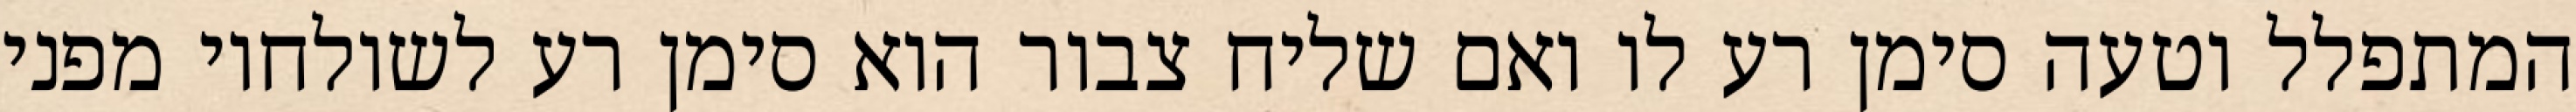
המתפלל וטעה סימן רע לו ואם שליח צבור הוא סימן רע לשולחיו מפני